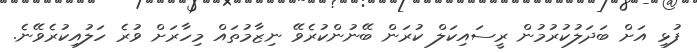
ފުޅި އަށް ބަދަލުކުރުމުން ރީސައިކަލް ކުރަން ބޭނުންކުރެވޭ ނިޒާމުތައް މިހާރަށް ވުރެ ހަލުއިކުރެވޭނެ.